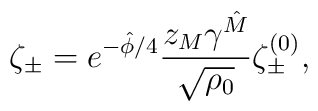
{\zeta_{\pm} = e^{-\hat\phi/4} {z_{M} \gamma^{\hat M} \over \sqrt{\rho_0}} \zeta^{(0)}_{\pm}, }